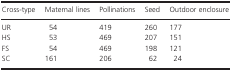
<table><thead><tr><td><b>Cross-type</b></td><td><b>Maternal lines</b></td><td><b>Pollinations</b></td><td><b>Seed</b></td><td><b>Outdoor enclosure</b></td></tr></thead><tbody><tr><td>UR</td><td>54</td><td>419</td><td>260</td><td>177</td></tr><tr><td>HS</td><td>53</td><td>469</td><td>207</td><td>151</td></tr><tr><td>FS</td><td>54</td><td>469</td><td>198</td><td>121</td></tr><tr><td>SC</td><td>161</td><td>206</td><td>62</td><td>24</td></tr></tbody></table>